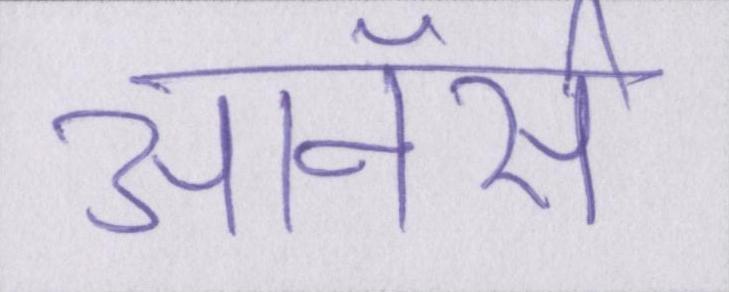
ऑनर्स